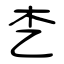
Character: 朰